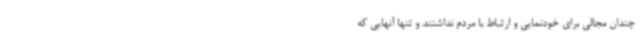
چندان مجالی برای خودنمایی و ارتباط با مردم نداشتند و تنها آنهایی که